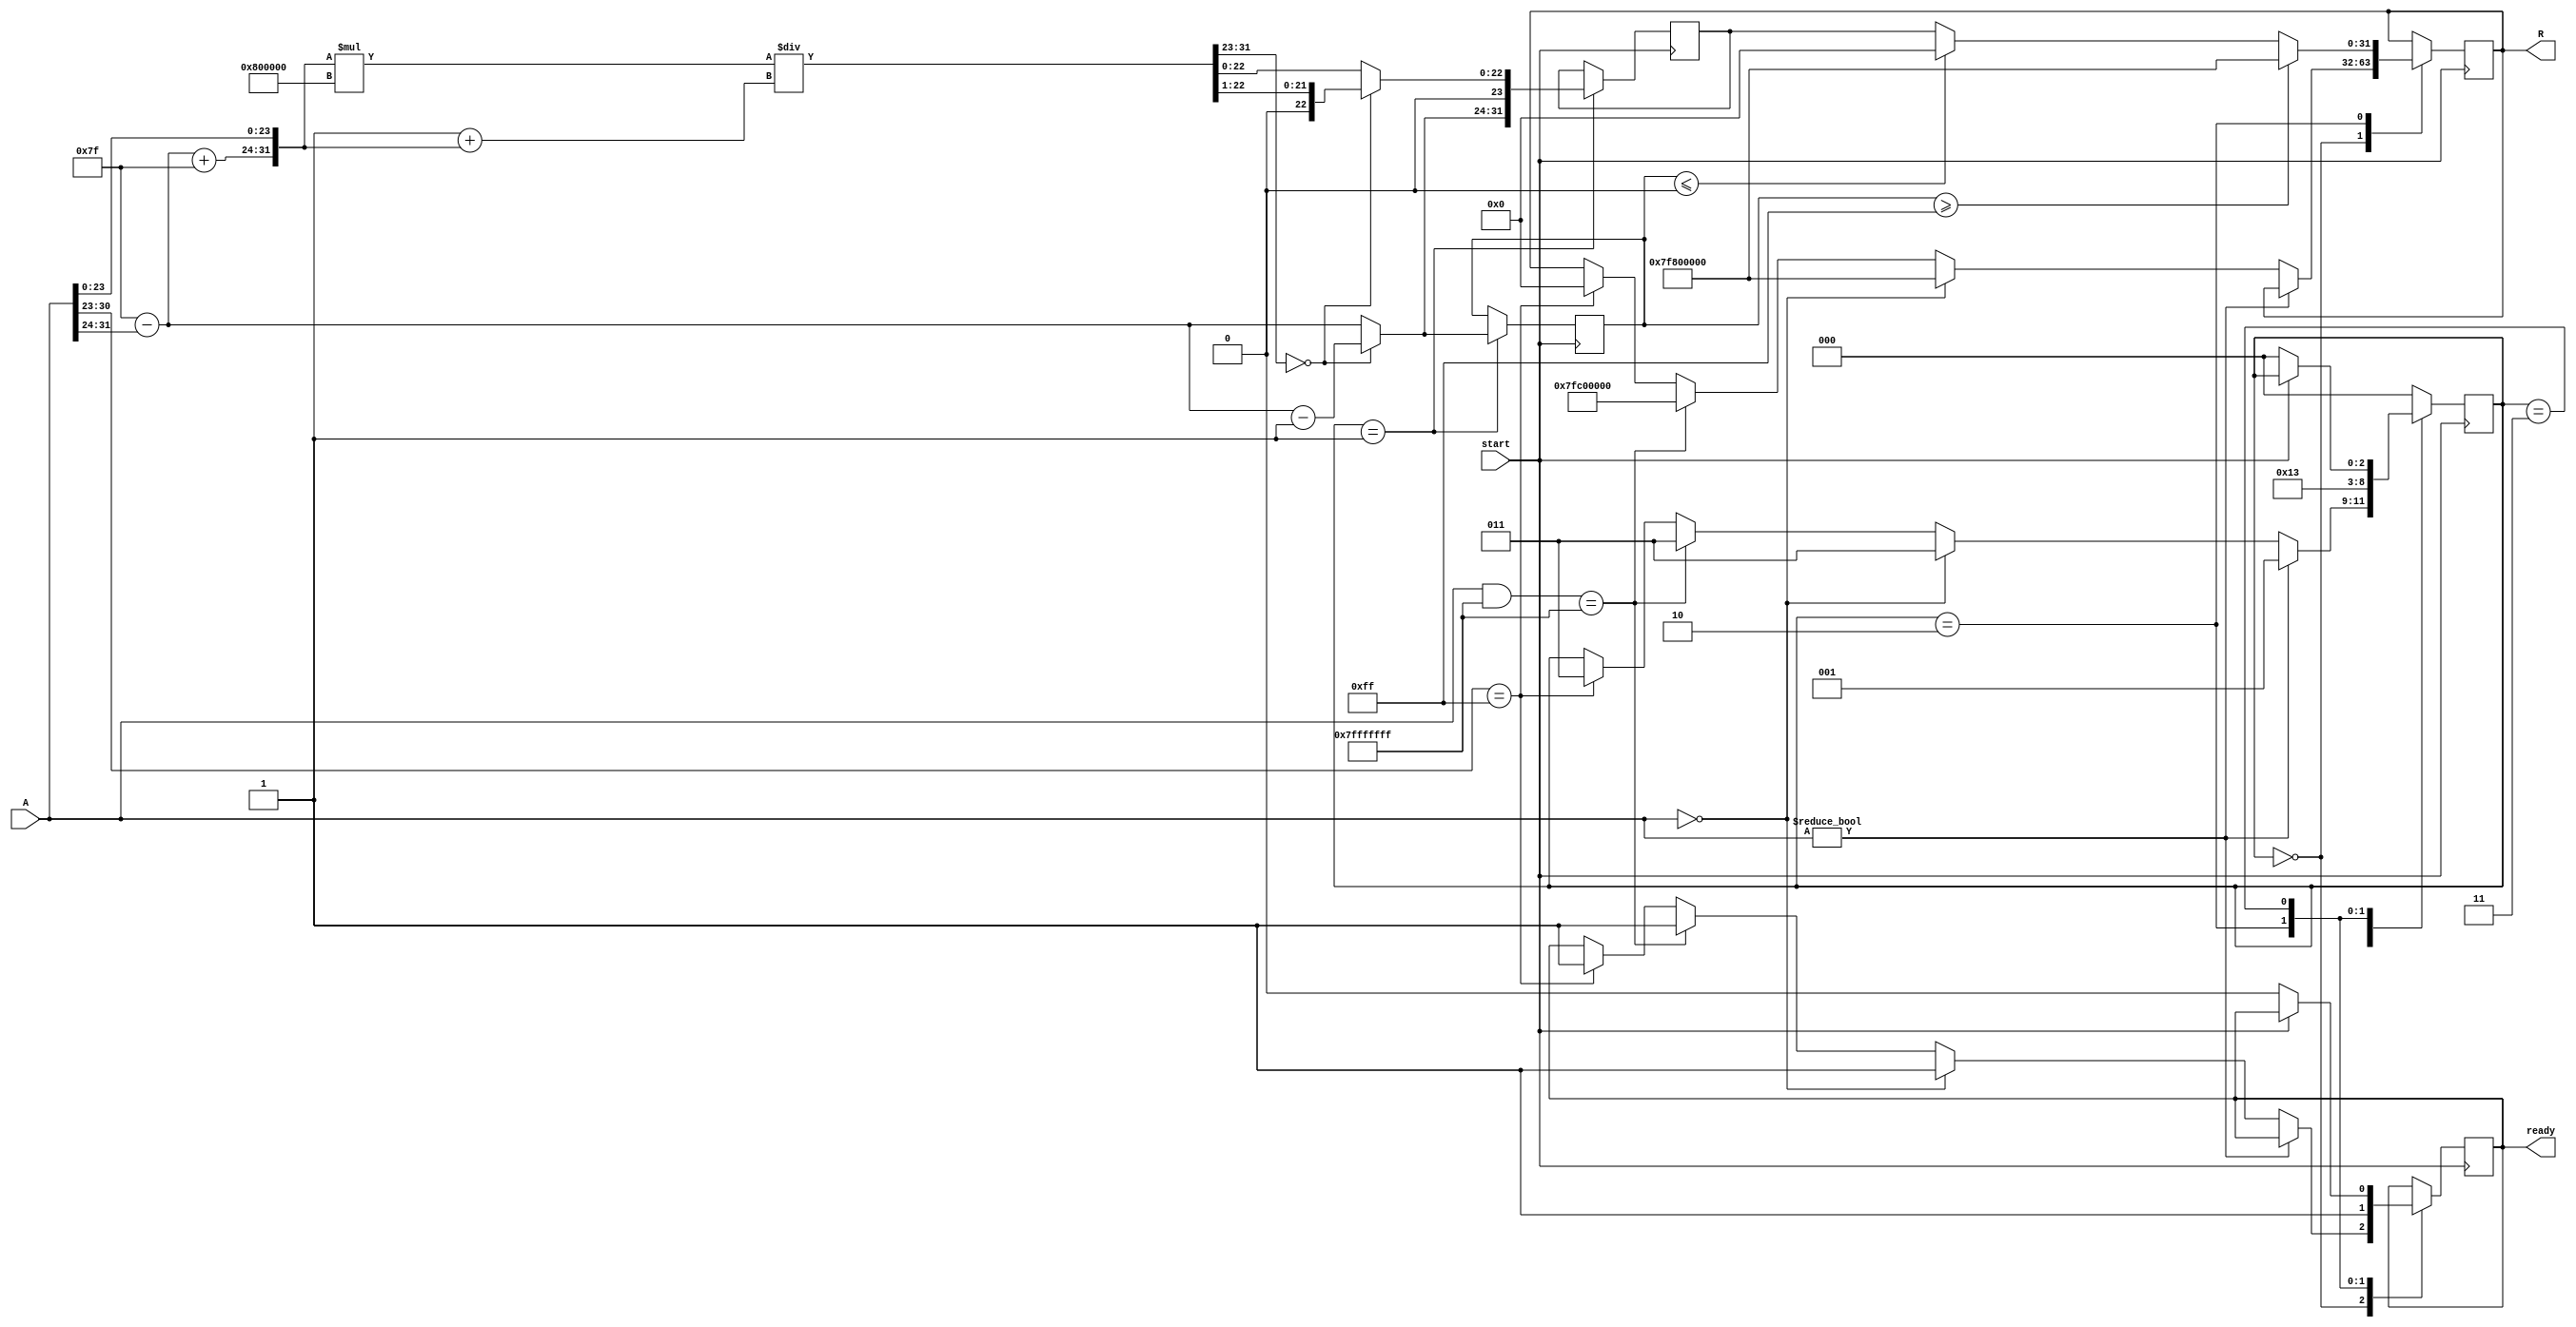
module fp_reciprocal (
    input wire [31:0] A,         // Input floating-point number (single-precision)
    output reg [31:0] R,         // Output reciprocal floating-point number
    input wire start,            // Control signal to start the computation
    output reg ready             // Control signal to indicate when result is ready
);
    
    // Internal signals
    reg [7:0] exponent;          // Exponent
    reg [23:0] mantissa;         // Mantissa
    reg sign;                    // Sign bit
    reg [31:0] approx;           // Initial approximation
    reg [31:0] refined;          // Refined result
    reg [7:0] R_exponent;        // Exponent for the reciprocal
    reg [23:0] R_mantissa;       // Mantissa for the reciprocal
    reg [31:0] result;           // Final result
    reg valid;                   // Valid result flag
    
    // Constants
    localparam BIAS = 8'h7F;     // Bias for single-precision
    localparam INF = 32'h7F800000;// Representation of infinity
    localparam NAN = 32'h7FC00000;// Representation of NaN
    localparam ZERO = 32'h00000000; // Representation of zero
    
    // State machine for computation
    reg [2:0] state;
    localparam IDLE = 3'b000,
               COMPUTE = 3'b001,
               CHECK = 3'b010,
               DONE = 3'b011;
    
    // Initial block to reset outputs
    initial begin
        R = 32'b0;
        ready = 1'b0;
        state = IDLE;
    end
    
    // Main computation logic
    always @(posedge start) begin
        // Register input
        {sign, exponent, mantissa} = A;

        // State machine
        case (state)
            IDLE: begin
                if (A != 32'b0) begin // Non-zero input
                    state <= COMPUTE;
                end else if (A == ZERO) begin
                    R <= INF; // Output infinity for zero
                    ready <= 1'b1;
                    state <= DONE;
                end else if ((A & 32'h7FFFFFFF) == 32'h7FFFFFFF) begin // NaN
                    R <= NAN; // Output NaN
                    ready <= 1'b1;
                    state <= DONE;
                end else if (A[30:23] == 8'hFF) begin // Infinity
                    R <= ZERO; // Output zero for infinity
                    ready <= 1'b1;
                    state <= DONE;
                end
            end
            
            COMPUTE: begin
                // Initial approximation using Newton-Raphson
                approx = {1'b0, 8'd127 - exponent + BIAS, mantissa};
                refined = approx * (2 ** 23) / (1 + approx); // First iteration of refinement

                // Set new exponent for reciprocal
                R_exponent = BIAS - exponent;

                // Check normalization
                if (refined[31:23] == 8'b0) begin
                    // Denormalize and shift mantissa
                    R_mantissa = refined[22:0] >> 1;
                    R_exponent = R_exponent - 1;
                end else begin
                    R_mantissa = refined[22:0];
                end

                result = {sign, R_exponent, R_mantissa};
                state <= CHECK;
            end
            
            CHECK: begin
                // Handle overflow/underflow of exponent
                if (R_exponent >= 8'hFF) begin
                    R <= (sign) ? NAN : INF; // Handle overflow
                end else if (R_exponent <= 0) begin
                    R <= ZERO; // Handle underflow
                end else begin
                    R <= result; // Valid result
                end
                ready <= 1'b1;
                state <= DONE;
            end
            
            DONE: begin
                // Reset state to IDLE
                if (!start) begin
                    ready <= 1'b0;
                    state <= IDLE;
                end
            end
            
            default: state <= IDLE;
        endcase
    end
endmodule